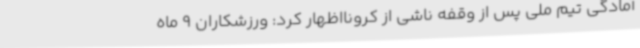
آمادگی تیم ملی پس از وقفه ناشی از کرونااظهار کرد: ورزشکاران 9 ماه